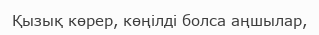
Қызық көрер, көңілді болса аңшылар,